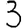
Digit: 3